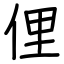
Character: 俚